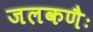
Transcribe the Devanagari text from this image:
जलकणैः